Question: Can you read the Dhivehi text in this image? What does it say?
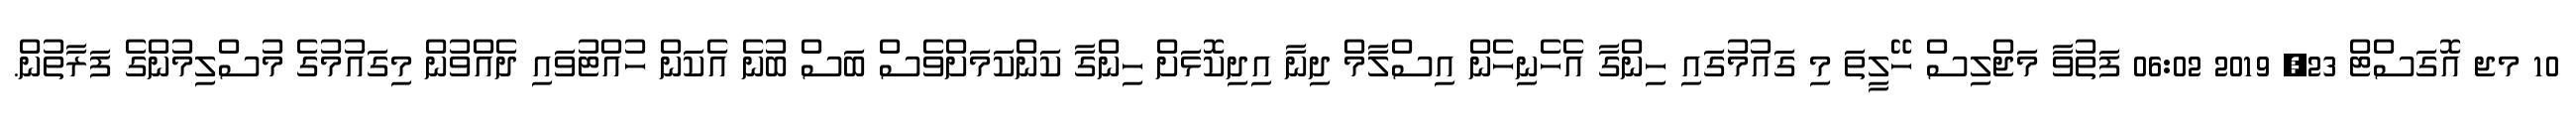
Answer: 10 މޖ އޮގަސްޓް 23, 2019 06:02 ފަތުވާ މަޖްލިސް ހޭލީތަ މި ގައުމުގައި ހިންގާ އެހެނިހެން އިސްލާމް ދިނާ އިދިކޮޅަށް ހިންގާ ކަންކަމަށްވެސް ބަސް ބުނެ އެކަން ހުއްޓުވައި ދެއްވުން މިގައުމުގެ މުސްލިމުންގެ ފަރާތުން.